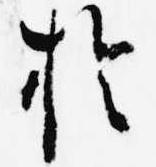
於